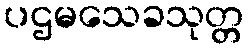
ပဌမသေခသုတ္တ